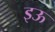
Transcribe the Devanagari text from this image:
इऊ